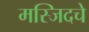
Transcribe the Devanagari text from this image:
मस्जिदचे